Leaving Certificate Examination, 1919
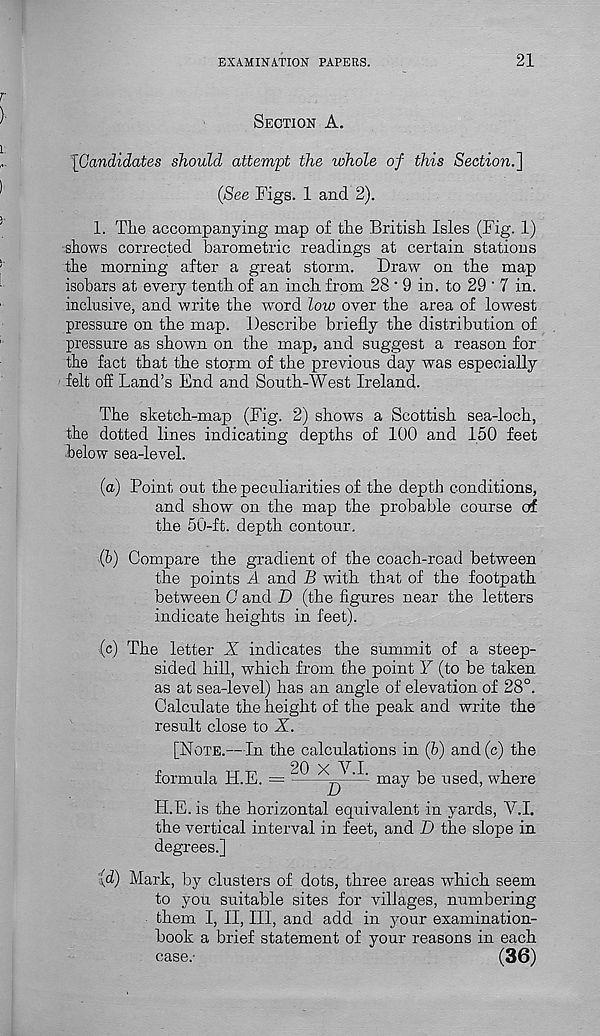
EXAMINATION PAPERS.
21
SECTION A.
[Candidates should attempt the whole of this Section.]
(See Figs. 1 and 2).
1. The accompanying map of the British Isles (Fig. 1)
shows corrected barometric readings at certain stations
the morning after a great storm. Draw on the map
isobars at every tenth of an inch from 28 ‘ 9 in. to 29 ‘ 7 in.
inclusive, and write the word low over the area of lowest
pressure on the map. Describe briefly the distribution of
pressure as shown on the map, and suggest a reason for
the fact that the storm of the previous day was especially
felt off Land’s End and South-West Ireland.
The sketch-map (Fig. 2) shows a Scottish sea-loch,
the dotted lines indicating depths of 100 and 150 feet
below sea-level.
(a)
Point out the peculiarities of
and show on the map the probable course erf
the 50-ft. depth contour.
(b)
Compare the gradient of the
the points A. and B with that of the footpath
between C and D (the figures near the letters
indicate heights in feet).
(c)
The letter X indicates the
sided hill, which from the point Y (to be taken
as at sea-level) has an angle of elevation of 28°.
Calculate the height of the peak and write the
result close to X.
[NOTE.—In the calculations in (b) and(c) the
formula H.E. =
20 X V.I.
D
may be used, where
H.E. is the horizontal equivalent in yards, V.I.
the vertical interval in feet, and D the slope in
degrees.]
(d)
Mark, by clusters of dots, thr
to you suitable sites for villages, numbering
them I, II, III, and add in your examination-
book a brief statement of your reasons in each
case.'
(36)